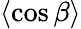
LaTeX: \left\langle\cos\beta\right\rangle